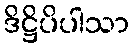
ဒိဋ္ဌိပိပါသာ